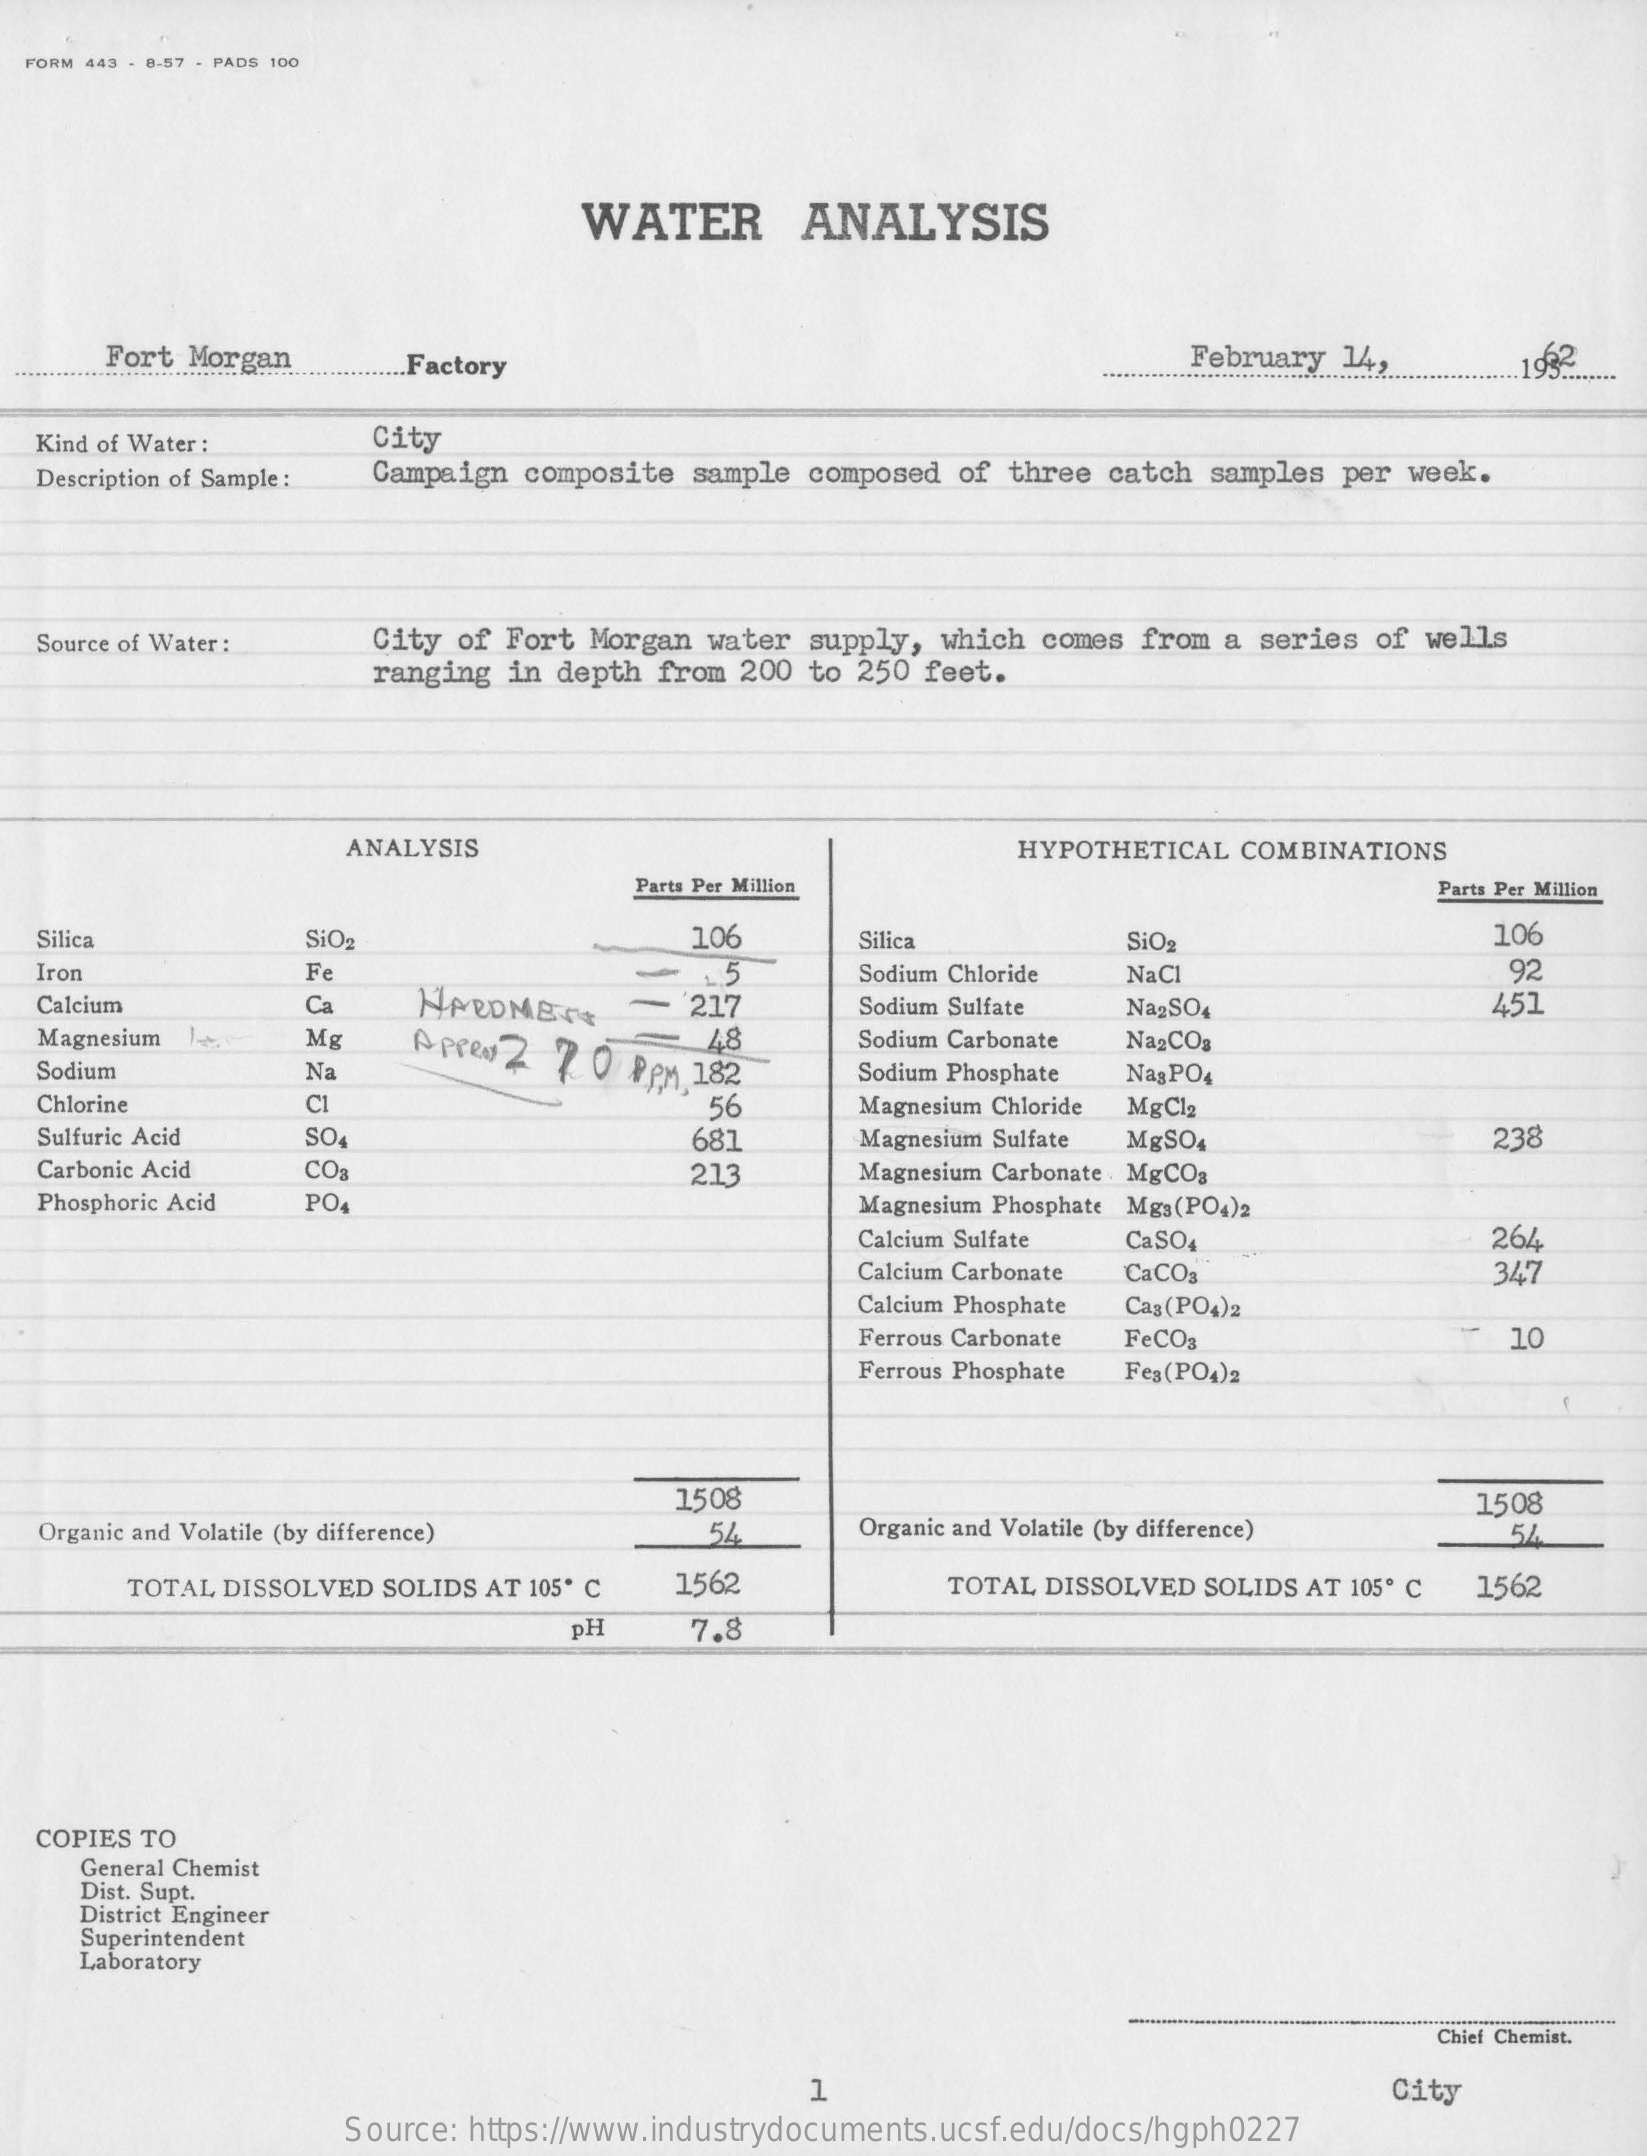
FORM 443 - 8:57 - PADS 100
     WATER    ANALYSIS
     Fort Morgan    Factory    February 14,
  Kind of Water :   City
  Description of Sample : Campaign composite sample composed of three catch samples per week.
  Source of Water : City of Fort Morgan water supply, which comes from a series of wells
     ranging in depth from 200 to 250 feet.
     ANALYSIS    HYPOTHETICAL COMBINATIONS
     Parts Per Million    Parts Per Million
  Silica    SiO:    106    Silica    SiO2    106
  Iron    Fe    NaC    92
  Calcium    Ca    HARDMEYE
     15    Sodium Chloride
     217    Sodium Sulfate Na2SO4    451
  Magnesium    Mg    : 48 Appen 2 70 PPM 182
     Sodium Carbonate NagCOa
  Sodium    Na    Sodium Phosphate Nag PO4
  Chlorine    C1    56    Magnesium Chloride MgCl2
  Sulfuric Acid  SO4    681    Magnesium Sulfate MgSO4    238
  Carbonic Acid  CO    213    Magnesium Carbonate. MgCOg
  Phosphoric Acid PO    Magnesium Phosphate Mgs(PO4)2
     Calcium Sulfate CaSO4    264
     Calcium Carbonate CaCO3    347
     Calcium Phosphate Cag(PO4)2
     Ferrous Carbonate FeCO3    10
     Ferrous Phosphate Fes(PO4)2
     1508    1508
  Organic and Volatile (by difference) 54    Organic and Volatile (by difference) 54
     TOTAL DISSOLVED SOLIDS AT 105* C 1562    TOTAL DISSOLVED SOLIDS AT 105º C 1562
     pH    7.8
  COPIES TO
     General Chemist
     Dist. Supt.
    District Engineer
     Superintendent
    Laboratory
     Chief Chemist.
     City
     Source: https://www.industrydocuments.ucsf.edu/docs/hgph0227